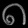
Digit: ၈